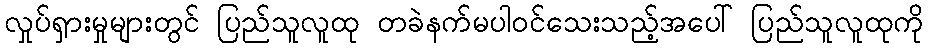
လှုပ်ရှားမှုများတွင် ပြည်သူလူထု တခဲနက်မပါဝင်သေးသည့်အပေါ် ပြည်သူလူထုကို